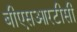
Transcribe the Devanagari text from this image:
बीएसआरटीसी